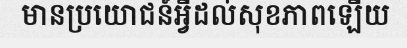
មានប្រយោជន៍អ្វីដល់សុខភាពឡើយ